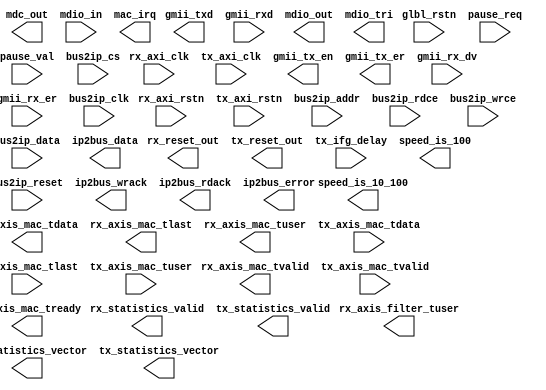
//------------------------------------------------------------------------------
//------------------------------------------------------------------------------
// Description: This package holds the top level component declaration
//              for the Tri-Mode Ethernet MAC core.
// -----------------------------------------------------------------------------
// (c) Copyright 2002-2008 Xilinx, Inc. All rights reserved.
//
// This file contains confidential and proprietary information
// of Xilinx, Inc. and is protected under U.S. and
// international copyright and other intellectual property
// laws.
//
// DISCLAIMER
// This disclaimer is not a license and does not grant any
// rights to the materials distributed herewith. Except as
// otherwise provided in a valid license issued to you by
// Xilinx, and to the maximum extent permitted by applicable
// law: (1) THESE MATERIALS ARE MADE AVAILABLE "AS IS" AND
// WITH ALL FAULTS, AND XILINX HEREBY DISCLAIMS ALL WARRANTIES
// AND CONDITIONS, EXPRESS, IMPLIED, OR STATUTORY, INCLUDING
// BUT NOT LIMITED TO WARRANTIES OF MERCHANTABILITY, NON-
// INFRINGEMENT, OR FITNESS FOR ANY PARTICULAR PURPOSE; and
// (2) Xilinx shall not be liable (whether in contract or tort,
// including negligence, or under any other theory of
// liability) for any loss or damage of any kind or nature
// related to, arising under or in connection with these
// materials, including for any direct, or any indirect,
// special, incidental, or consequential loss or damage
// (including loss of data, profits, goodwill, or any type of
// loss or damage suffered as a result of any action brought
// by a third party) even if such damage or loss was
// reasonably foreseeable or Xilinx had been advised of the
// possibility of the same.
//
// CRITICAL APPLICATIONS
// Xilinx products are not designed or intended to be fail-
// safe, or for use in any application requiring fail-safe
// performance, such as life-support or safety devices or
// systems, Class III medical devices, nuclear facilities,
// applications related to the deployment of airbags, or any
// other applications that could lead to death, personal
// injury, or severe property or environmental damage
// (individually and collectively, "Critical
// Applications"). Customer assumes the sole risk and
// liability of any use of Xilinx products in Critical
// Applications, subject only to applicable laws and
// regulations governing limitations on product liability.
//
// THIS COPYRIGHT NOTICE AND DISCLAIMER MUST BE RETAINED AS
// PART OF THIS FILE AT ALL TIMES. 
// -----------------------------------------------------------------------------


module triple_mac
  (
      //---------------------------------------
      // asynchronous reset
      input           glbl_rstn,  
      input           rx_axi_rstn,
      input           tx_axi_rstn,


      //---------------------------------------
      // Receiver Interface
      input           rx_axi_clk,
      output          rx_reset_out, 
      output [7:0]    rx_axis_mac_tdata, 
      output          rx_axis_mac_tvalid,
      output          rx_axis_mac_tlast, 
      output          rx_axis_mac_tuser, 
      output [4:0]    rx_axis_filter_tuser,
      // Receiver Statistics
      output [27:0]   rx_statistics_vector,
      output          rx_statistics_valid,

      //---------------------------------------
      // Transmitter Interface
      input           tx_axi_clk,
      output          tx_reset_out, 
      input  [7:0]    tx_axis_mac_tdata, 
      input           tx_axis_mac_tvalid,
      input           tx_axis_mac_tlast, 
      input           tx_axis_mac_tuser,
      output          tx_axis_mac_tready,
      
      input  [7:0]    tx_ifg_delay,
      // Transmitter Statistics
      output [31:0]   tx_statistics_vector,
      output          tx_statistics_valid,
      
      //---------------------------------------
      // MAC Control Interface
      input           pause_req,
      input  [15:0]   pause_val,
     
      //---------------------------------------
      // Current Speed Indication
      output          speed_is_100,
      output          speed_is_10_100,

      //---------------------------------------
      // Physical Interface of the core

      output [7:0]    gmii_txd,
      output          gmii_tx_en,
      output          gmii_tx_er,
      input  [7:0]    gmii_rxd,
      input           gmii_rx_dv,
      input           gmii_rx_er,

      // MDIO Interface
      output          mdc_out,
      input           mdio_in,
      output          mdio_out,
      output          mdio_tri,

      //---------------------------------------
      // IPIC Interface
      input           bus2ip_clk,
      input           bus2ip_reset,
      input  [31:0]   bus2ip_addr,
      input           bus2ip_cs,
      input           bus2ip_rdce,
      input           bus2ip_wrce,
      input  [31:0]   bus2ip_data,
      output [31:0]   ip2bus_data,
      output          ip2bus_wrack,
      output          ip2bus_rdack,
      output          ip2bus_error,
      output          mac_irq

  );



endmodule // triple_mac